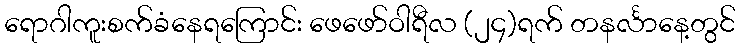
ရောဂါကူးစက်ခံနေရကြောင်း ဖေဖော်ဝါရီလ (၂၄)ရက် တနင်္လာနေ့တွင်